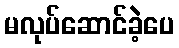
မလုပ်ဆောင်ခဲ့ပေ